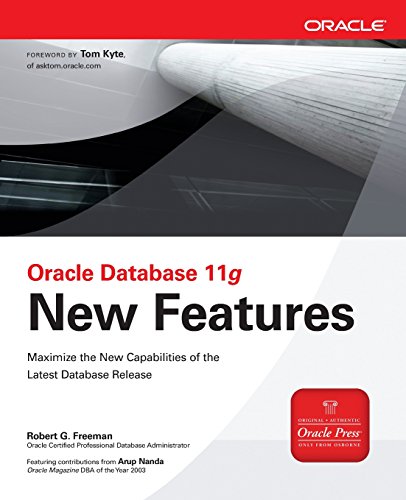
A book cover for Oracle Database 11g New Features (Oracle Press); Robert G. Freeman; Computers & Technology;